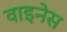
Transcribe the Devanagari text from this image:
वाइनेस